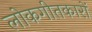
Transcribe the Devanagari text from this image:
लोकगीतकारों